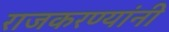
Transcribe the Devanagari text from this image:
राजकरण्यांनी